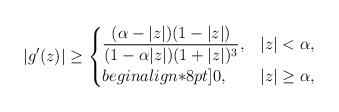
LaTeX: \begin{align*}|g'(z)| \geq \begin{cases}\displaystyle\frac{(\alpha-|z|)(1-|z|)}{(1-\alpha |z|)(1+|z|)^3},& |z| < \alpha,\\begin{align*}8pt]0, & |z| \geq \alpha,\end{cases}\end{align*}